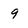
Character: 9